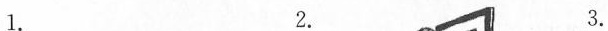
1. 2. 3.